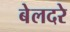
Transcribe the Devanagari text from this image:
बेलदरे